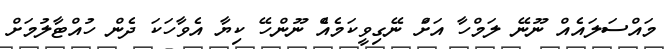
މައްސަލައެއް ނޫނޭ ލަމްހާ އަށްަ ނޭގިވީކަމެއެް ނޫންހޭ ކިޔާ އެވާހަކަ ދެން ހުއްޓާލުމަށް